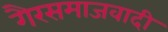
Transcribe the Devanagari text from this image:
गैरसमाजवादी